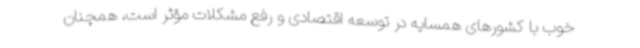
خوب با کشورهای همسایه در توسعه اقتصادی و رفع مشکلات مؤثر است، همچنان